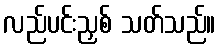
လည်ပင်းညှစ် သတ်သည်။